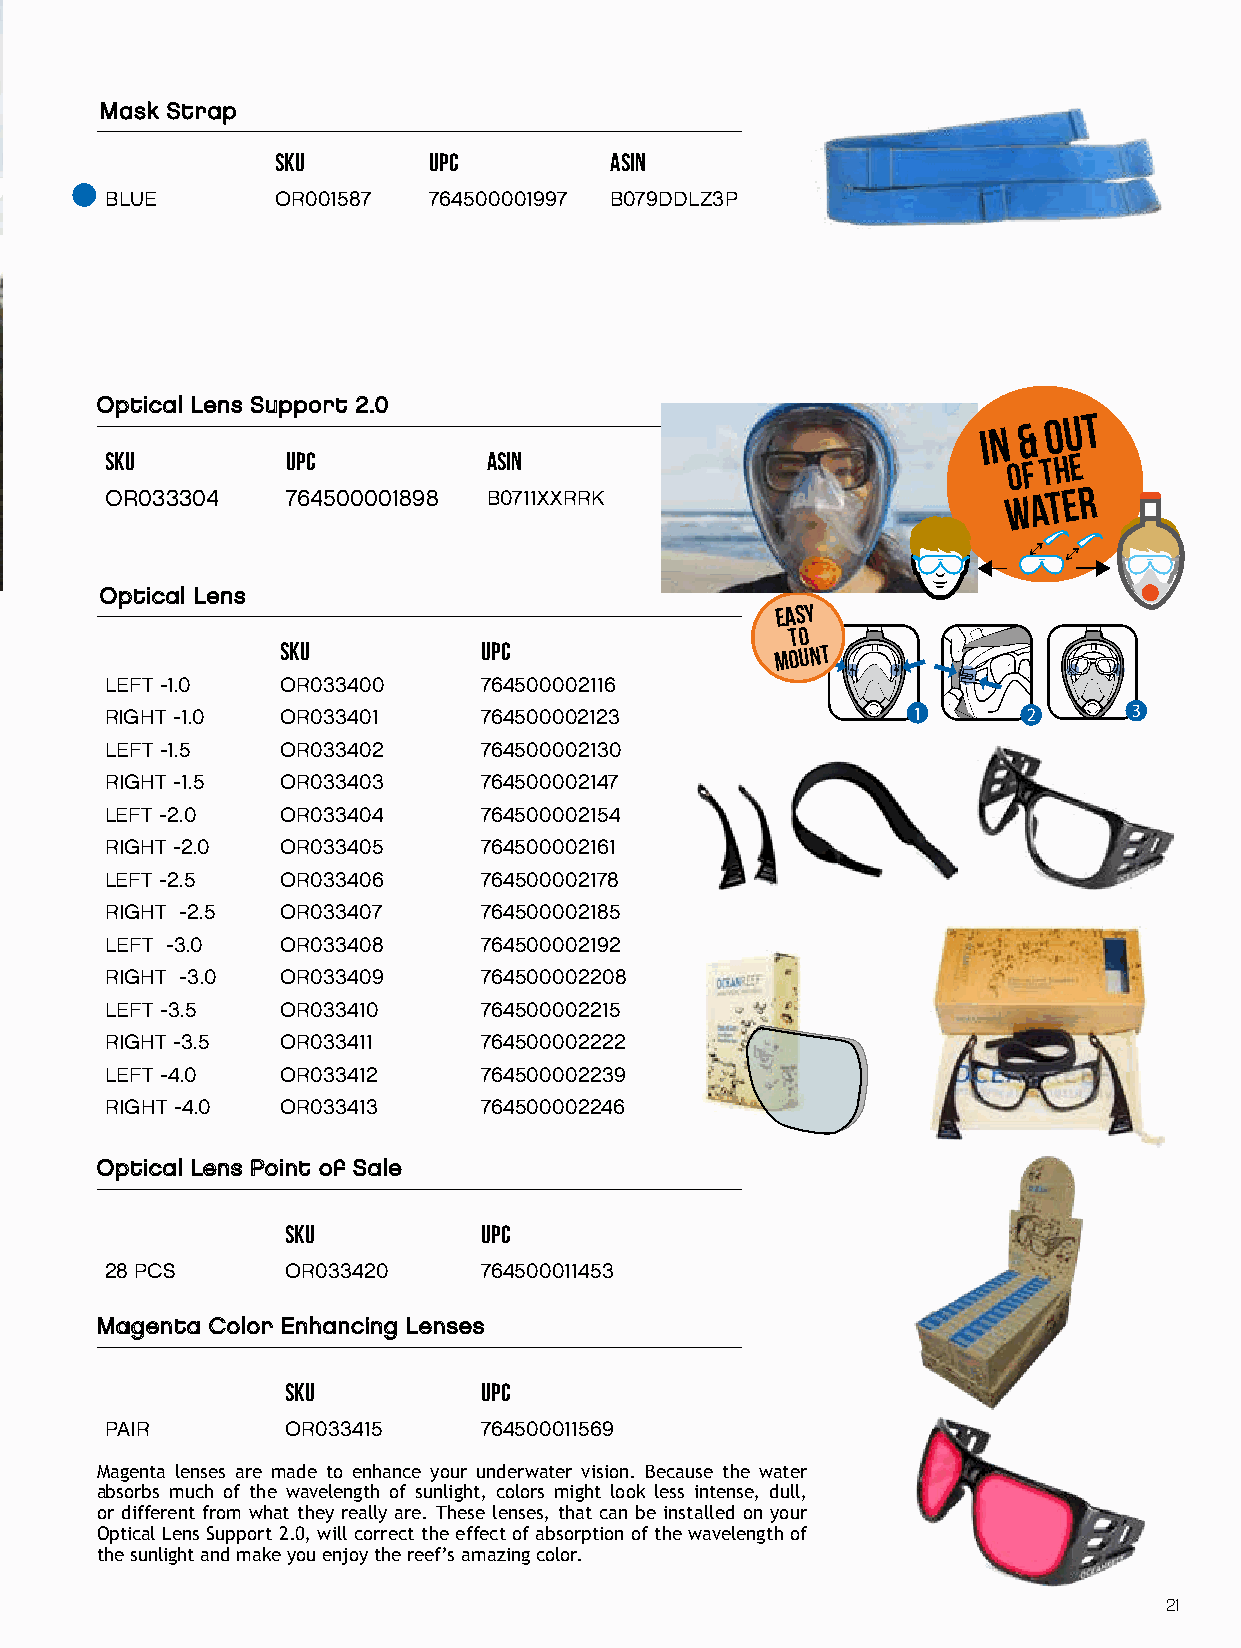
MMaasskk SSttrraapp
 SKU       UPC         ASIN
 BLUE       OR001587  764500001997 B079DDLZ3P
 OOppttiiccaall LLeennss SSuuppppoorrtt 22..00
 I N & O U T
 SKU         UPC          ASIN
 of
 the
 OR033304    764500001898 B0711XXRRK                         W AT E R
 OOppttiiccaall LLeennss
 EASY
 to
 SKU          UPC                mount
 LEFT -1.0   OR033400     764500002116
 RIGHT -1.0  OR033401     764500002123                11      2      3
 LEFT -1.5   OR033402     764500002130
 RIGHT -1.5  OR033403     764500002147
 LEFT -2.0   OR033404     764500002154
 RIGHT -2.0  OR033405     764500002161
 LEFT -2.5   OR033406     764500002178
 RIGHT -2.5  OR033407     764500002185
 LEFT -3.0   OR033408     764500002192
 RIGHT -3.0  OR033409     764500002208
 LEFT -3.5   OR033410     764500002215
 RIGHT -3.5  OR033411     764500002222
 LEFT -4.0   OR033412     764500002239
 RIGHT -4.0  OR033413     764500002246
 OOppttiiccaall LLeennss PPooiinntt ooff SSaallee
 SKU          UPC
 28 PCS      OR033420     764500011453
 MMaaggeennttaa CCoolloorr EEnnhhaanncciinngg LLeennsseess
 SKU          UPC
 PAIR        OR033415     764500011569
 Magenta lenses are made to enhance your underwater vision. Because the water
 absorbs much of the wavelength of sunlight, colors might look less intense, dull,
 or different from what they really are. These lenses, that can be installed on your
 Optical Lens Support 2.0, will correct the effect of absorption of the wavelength of
 the sunlight and make you enjoy the reef’s amazing color.
 21